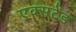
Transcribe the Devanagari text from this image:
एक्सटेंड